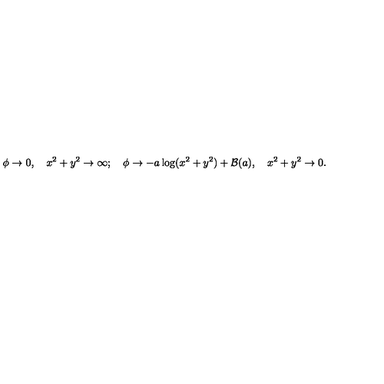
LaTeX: \phi \rightarrow 0 , \quad x ^ { 2 } + y ^ { 2 } \rightarrow \infty ; \quad \phi \rightarrow - a \log ( x ^ { 2 } + y ^ { 2 } ) + { \cal B } ( a ) , \quad x ^ { 2 } + y ^ { 2 } \rightarrow 0 .